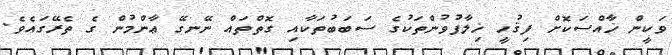
ވަކީން ޚާއްސަކޮށް ފިޤުހީ ޚިލާފުވުންތަކުގެ ސަބަބުތަކާއި ގޮތްތައް ނޭނގޭ ޢާންމުން ގެ ތެރޭގައެވެ.